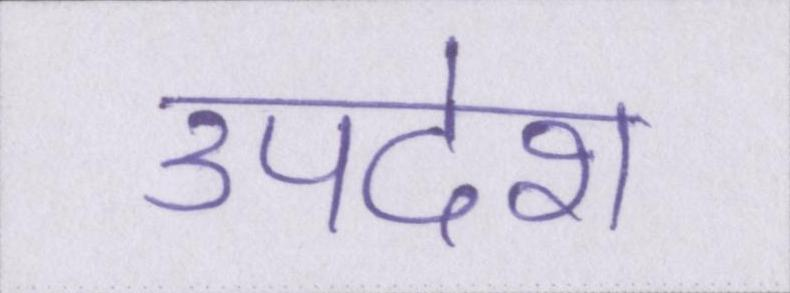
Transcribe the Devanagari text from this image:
उपदेश